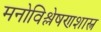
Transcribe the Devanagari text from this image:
मनोविश्लेषणशास्त्र